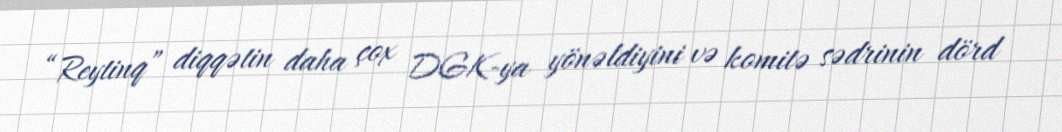
“Reytinq” diqqətin daha çox DGK-ya yönəldiyini və komitə sədrinin dörd